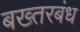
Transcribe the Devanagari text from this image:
बख्तरबंध